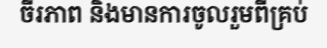
ចីរភាព និងមានការចូលរួមពីគ្រប់